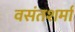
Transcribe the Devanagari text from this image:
वसंतशर्मा